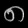
Digit: ၈